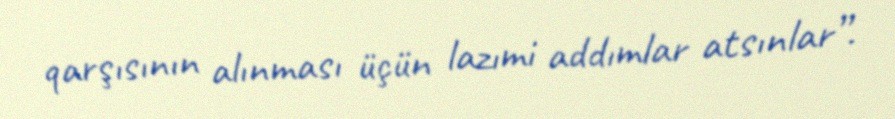
qarşısının alınması üçün lazımi addımlar atsınlar”.